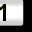
Digit: 1